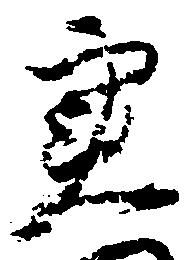
実